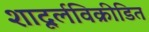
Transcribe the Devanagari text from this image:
शादूर्लविक्रीडित